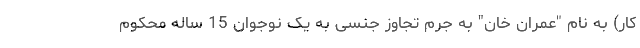
کار) به نام "عمران خان" به جرم تجاوز جنسی به یک نوجوان 15 ساله محکوم